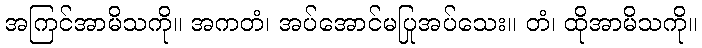
အကြင်အာမိသကို။ အကတံ၊ အပ်အောင်မပြုအပ်သေး။ တံ၊ ထိုအာမိသကို။